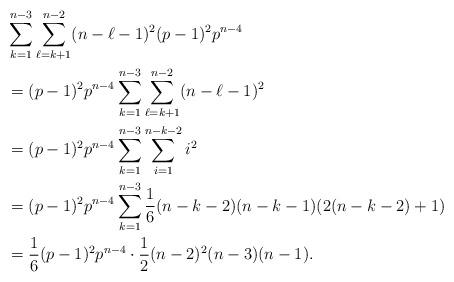
LaTeX: \begin{align*}&\sum_{k=1}^{n-3} \sum_{\ell=k+1}^{n-2}(n-\ell-1)^2(p-1)^2p^{n-4} \\&= (p-1)^2p^{n-4}\sum_{k=1}^{n-3} \sum_{\ell=k+1}^{n-2}(n-\ell-1)^2\\&= (p-1)^2p^{n-4}\sum_{k=1}^{n-3}\sum_{i=1}^{n-k-2} i^2\\&= (p-1)^2p^{n-4}\sum_{k=1}^{n-3} \frac{1}{6} (n-k-2)(n-k-1)(2(n-k-2)+1)\\&= \frac{1}{6} (p-1)^2p^{n-4} \cdot \frac{1}{2} (n-2)^2 (n-3)(n-1).\end{align*}